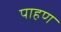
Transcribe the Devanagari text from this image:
पाहण